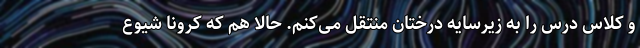
و کلاس درس را به زیرسایه درختان منتقل می‌کنم. حالا هم که کرونا شیوع